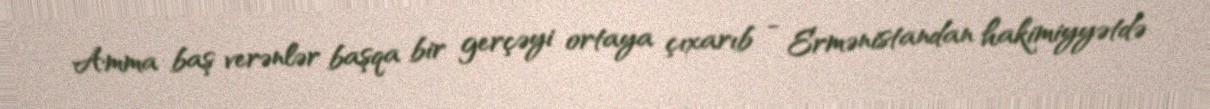
Amma baş verənlər başqa bir gerçəyi ortaya çıxarıb - Ermənistandan hakimiyyətdə